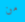
من